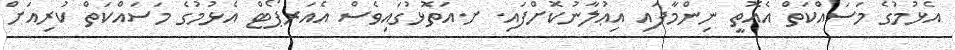
އެޅުމުގެ މަސައްކަތް އެއޮތީ ނިންމާފައި އިޢުލާނުކޮށްފައި. ށ.އަތޮޅުގައިވެސް އެއަރޕޯޓް އެޅުމުގެ މަސައްކަތް ކުރިއަށް